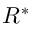
R ^ { \ast }